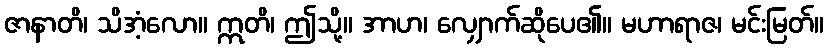
ဇာနာတိ၊ သိအံ့လော။ ဣတိ၊ ဤသို့။ အာဟ၊ လျှောက်ဆိုပေ၏။ မဟာရာဇ၊ မင်းမြတ်။